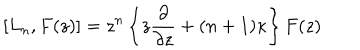
[ L _ { n } , F ( z ) ] = z ^ { n } \left\{ z \frac { \partial } { \partial z } + ( n + 1 ) \kappa \right\} F ( z )